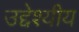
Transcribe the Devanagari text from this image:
उद्देश्यीय